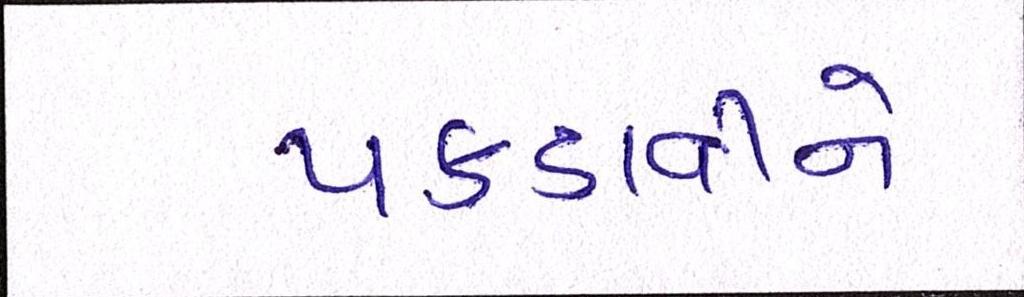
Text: પકડાવીને